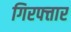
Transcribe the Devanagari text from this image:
गिरफ्त्तार